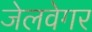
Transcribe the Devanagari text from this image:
जेलवेगर